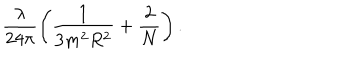
\frac { \lambda } { 2 4 \pi } \left( \frac 1 { 3 m ^ { 2 } R ^ { 2 } } + \frac 2 N \right) \mathrm { . }